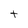
Character: t